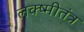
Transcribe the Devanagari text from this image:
लक्ष्मीतंत्र